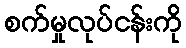
စက်မှုလုပ်ငန်းကို